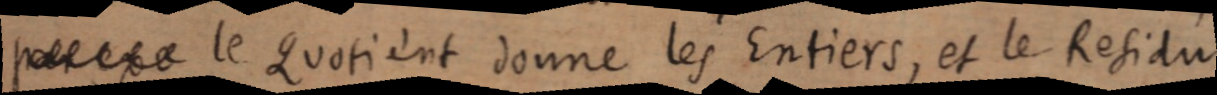
posepe le Quotient donne les Entiers, et le Residu